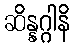
ဆိန္နဂ္ဂါနိ